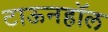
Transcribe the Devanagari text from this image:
टाऊनहॉल